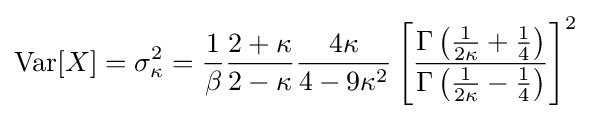
\operatorname {Var} [X]=\sigma _{\kappa }^{2}={\frac {1}{\beta }}{\frac {2+\kappa }{2-\kappa }}{\frac {4\kappa }{4-9\kappa ^{2}}}\left[{\frac {\Gamma \left({\frac {1}{2\kappa }}+{\frac {1}{4}}\right)}{\Gamma \left({\frac {1}{2\kappa }}-{\frac {1}{4}}\right)}}\right]^{2}